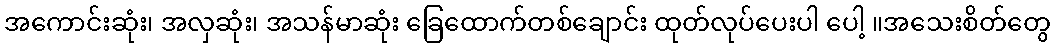
အကောင်းဆုံး၊ အလှဆုံး၊ အသန်မာဆုံး ခြေထောက်တစ်ချောင်း ထုတ်လုပ်ပေးပါ ပေါ့ ။အသေးစိတ်တွေ